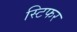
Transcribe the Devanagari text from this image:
स्टिफर